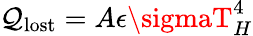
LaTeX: \mathcal{Q}_{\mathrm{{lost}}}=A\epsilon\sigmaT_{H}^{4}